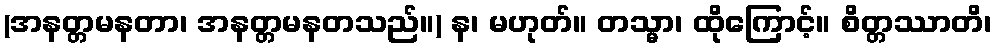
(အနတ္တမနတာ၊ အနတ္တမနတသည်။) န၊ မဟုတ်။ တသ္မာ၊ ထိုကြောင့်။ စိတ္တဿာတိ၊